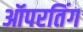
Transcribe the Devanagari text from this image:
ऑपरतिंग